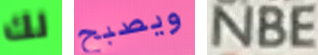
لك ويصبح NBE